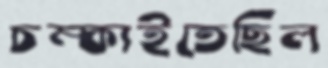
চম্‌কাইতেছিল